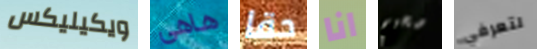
ويكيليكس هاهى حقا انا صحيح لتعرفي